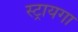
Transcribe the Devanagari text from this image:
स्ट्रायगा